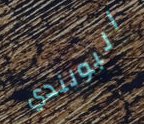
البولندي